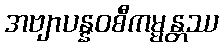
အဗျာပန္နဝစီကမ္မန္တဿ